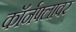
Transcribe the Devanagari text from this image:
कॉर्नफ्लावर